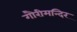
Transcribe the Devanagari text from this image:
गौरीमन्दिर